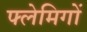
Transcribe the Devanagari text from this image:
फ्लेमिगों